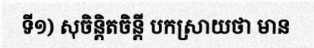
ទី១) សុចិន្តិតចិន្តី បកស្រាយថា មាន